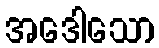
အဒေါသော